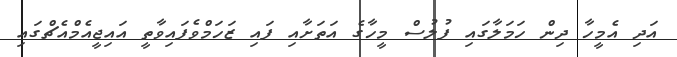
އަދި އެމީހާ ދިން ހަމަލާގައި ފުލުސް މީހާގެ އަތަށާއި ފައި ޒަހަމްވެފައިވާތީ އައިޖީއެމްއެޗްގައި